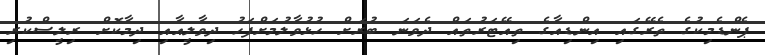
ޕެންޑެމިކުގެ ތެރޭގައި އިންޑިއާގެ ތިއޭޓަރުތައް ދެވަނަ ބުރަށް ހުޅުވާލުމަށްފަހު ދިވާލީއާއި ދިމާކޮށް ރިލީސްކުރި